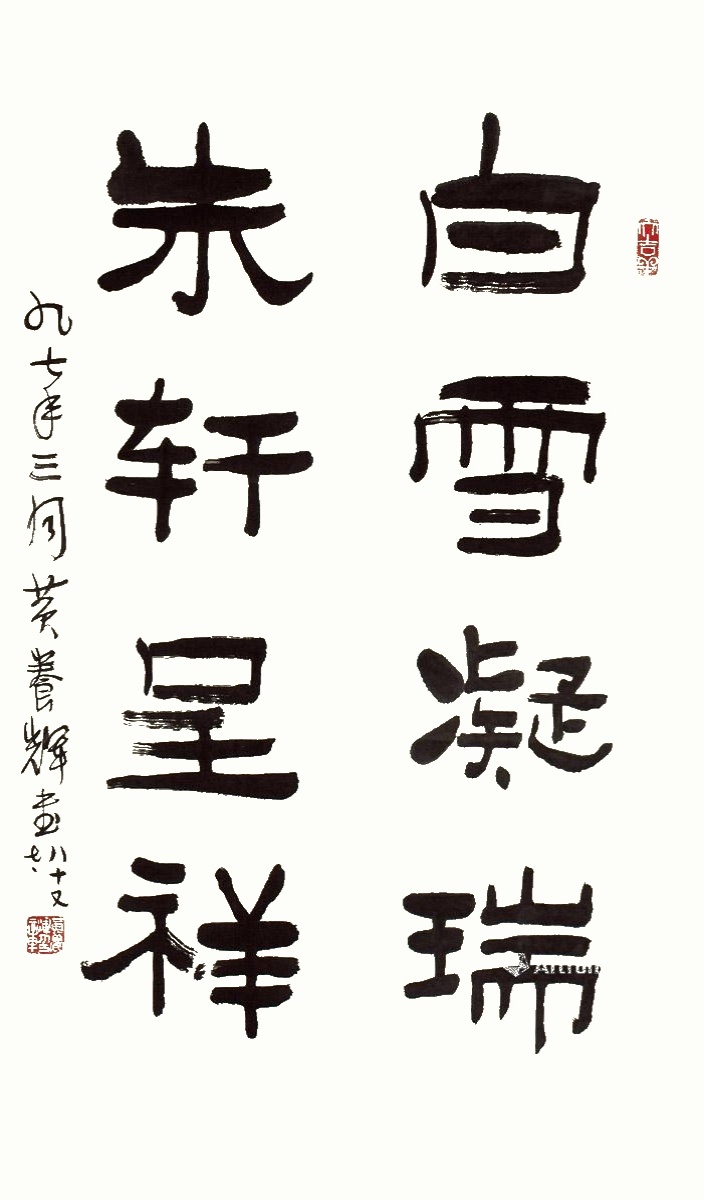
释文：白雪凝瑞，朱轩呈祥。九七年三月黄养辉画，八十又七。